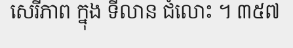
សេរីភាព ក្នុង ទីលាន ជំលោះ ។ ៣៥៧